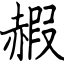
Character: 赮